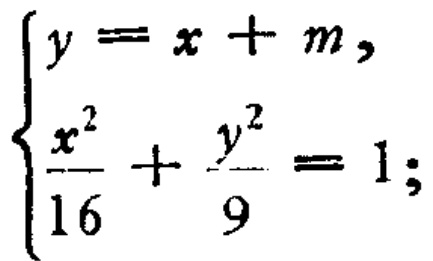
$\begin{cases}y = x + m,\\\frac{x^{2}}{16}+\frac{y^{2}}{9}=1;\end{cases}$